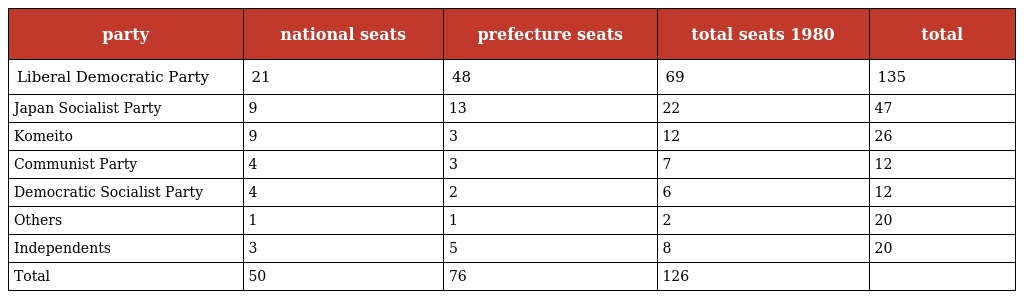
| party | national seats | prefecture seats | total seats 1980 | total |
 | --- | --- | --- | --- | --- |
 | Liberal Democratic Party | 21 | 48 | 69 | 135 |
 | Japan Socialist Party | 9 | 13 | 22 | 47 |
 | Komeito | 9 | 3 | 12 | 26 |
 | Communist Party | 4 | 3 | 7 | 12 |
 | Democratic Socialist Party | 4 | 2 | 6 | 12 |
 | Others | 1 | 1 | 2 | 20 |
 | Independents | 3 | 5 | 8 | 20 |
 | Total | 50 | 76 | 126 |  |